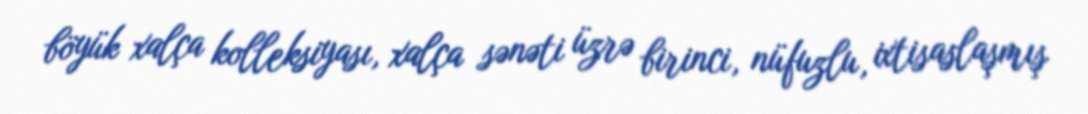
böyük xalça kolleksiyası, xalça sənəti üzrə birinci, nüfuzlu, ixtisaslaşmış